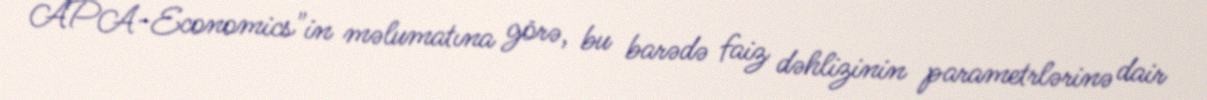
APA-Economics"in məlumatına görə, bu barədə faiz dəhlizinin parametrlərinə dair